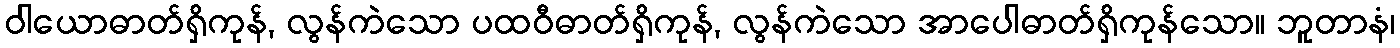
ဝါယောဓာတ်ရှိကုန်, လွန်ကဲသော ပထဝီဓာတ်ရှိကုန်, လွန်ကဲသော အာပေါဓာတ်ရှိကုန်သော။ ဘူတာနံ၊